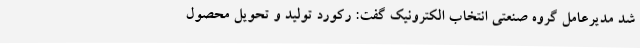
شد مدیرعامل گروه صنعتی انتخاب الکترونیک گفت: رکورد تولید و تحویل محصول